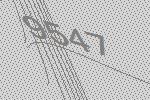
9547